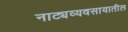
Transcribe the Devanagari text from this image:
नाट्यव्यवसायातील